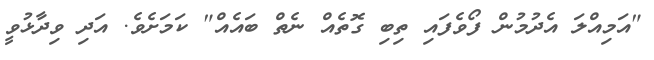
"އަމިއްލަ އެދުމުން ފޯވެފައި ތިބި ގޮތެއް ނެތް ބައެއް" ކަމަށެވެ. އަދި ވިދާޅުވީ